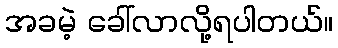
အခမဲ့ ခေါ်လာလို့ရပါတယ်။